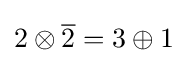
2\otimes {\overline {2}}=3\oplus 1